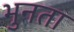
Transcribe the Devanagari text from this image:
भुनता